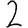
Digit: 2